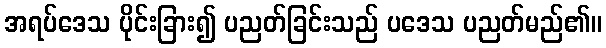
အရပ်ဒေသ ပိုင်းခြား၍ ပညတ်ခြင်းသည် ပဒေသ ပညတ်မည်၏။